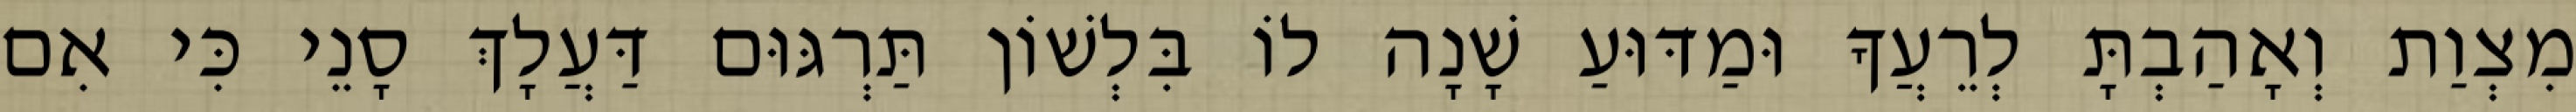
מִצְוַת וְאָהַבְתָּ לְרֵעֲךָ וּמַדּוּעַ שָׁנָה לוֹ בִּלְשׁוֹן תַּרְגּוּם דַּעֲלָךְ סָנֵי כִּי אִם